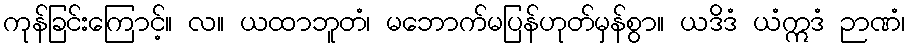
ကုန်ခြင်းကြောင့်။ လ။ ယထာဘူတံ၊ မဘောက်မပြန်ဟုတ်မှန်စွာ။ ယဒိဒံ ယံဣဒံ ဉာဏံ၊